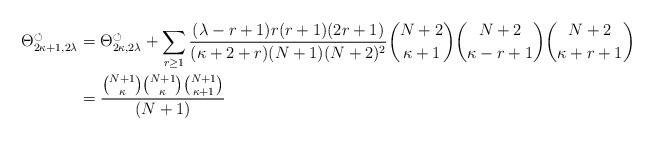
LaTeX: \begin{align*} \Theta_{2\kappa +1,2\lambda}^{\circlearrowleft} & = \Theta_{2\kappa,2\lambda}^\circlearrowleft + \sum_{r\geq 1} \frac{(\lambda-r+1)r(r+1)(2r+1)}{(\kappa +2+r)(N+1)(N+ 2)^2} \binom{N+2}{\kappa+1}\binom{N+2}{\kappa-r+1}\binom{N+2}{\kappa+r+1} & \\ & =\frac{\binom{N+1}{\kappa}\binom{N +1}{\kappa }\binom{N+1}{\kappa +1}}{(N+1)} \end{align*}